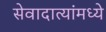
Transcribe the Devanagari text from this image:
सेवादात्यांमध्ये